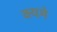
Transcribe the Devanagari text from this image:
क्यमे